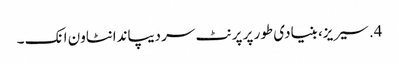
4. سیریز، بنیادی طور پر پرنٹ سر دیپاندانٹاون انک ۔